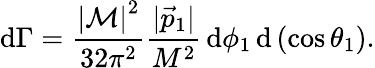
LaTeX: \mathrm{d}\Gamma={\frac{{\left|{\mathcal{{M}}}\right|^{2}}}{{32\pi^{2}}}}{\frac{{|{\vec{{p}}}_{1}|}}{{M^{2}}}}\, \mathrm{d}\phi_{1}\, \mathrm{d}\left(\cos\theta_{1}\right).